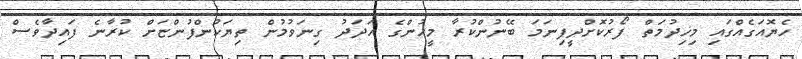
ހެޔޮއަގެއްގައި މިޚިދުމަތް ފޯރުކޮށްދީފިނަމަ ބޭނުންކުރާ މީހުންގެ އަދަދު ގިނަވުމުން ތިޔަކުންފުންޏަށް ކުރާނެ ފައިދާވެސް